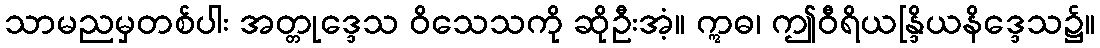
သာမညမှတစ်ပါး အတ္တုဒ္ဒေသ ဝိသေသကို ဆိုဦးအံ့။ ဣဓ၊ ဤဝီရိယန္ဒြိယနိဒ္ဒေသ၌။